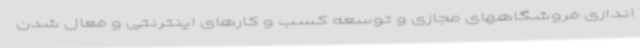
اندازی فروشگاههای مجازی و توسعه کسب و کارهای اینترنتی و فعال شدن